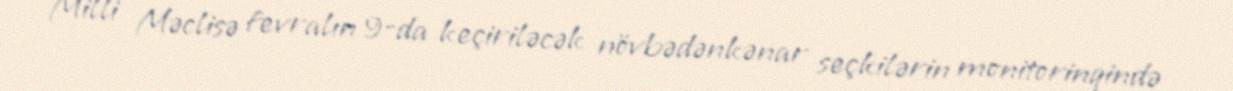
Milli Məclisə fevralın 9-da keçiriləcək növbədənkənar seçkilərin monitorinqində